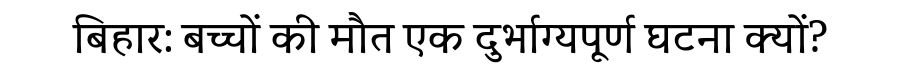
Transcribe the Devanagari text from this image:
बिहार: बच्चों की मौत एक दुर्भाग्यपूर्ण घटना क्यों?